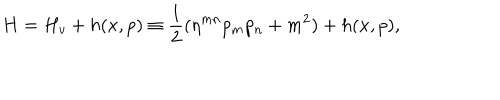
H = H _ { v } + h ( x , p ) \equiv \frac { 1 } { 2 } ( \eta ^ { m n } p _ { m } p _ { n } + m ^ { 2 } ) + h ( x , p ) ,